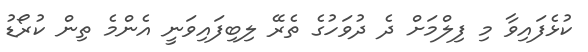
ކުޅެފައިވާ މި ފިލްމަށް ދެ ދުވަހުގެ ތެރޭ ލިބިފައިވަނީ އެންމެ ތިން ކުރޯޑު